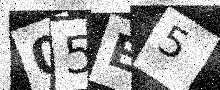
Text: 05E5